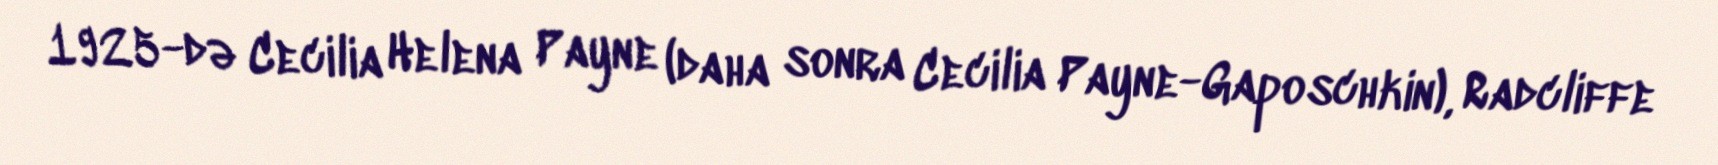
1925-də Cecilia Helena Payne (daha sonra Cecilia Payne-Gaposchkin), Radcliffe